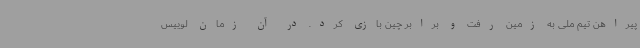
پیراهن تیم ملی به زمین رفت و برابر چین بازی کرد. در آن زمان لوییس